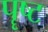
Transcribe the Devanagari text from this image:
पॄष्ट